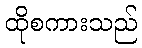
ထိုစကားသည်